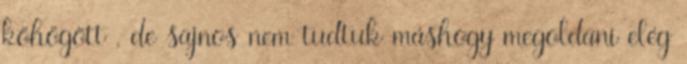
köhögött , de sajnos nem tudtuk máshogy megoldani elég